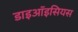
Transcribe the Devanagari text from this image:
डाइऑइसियस